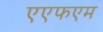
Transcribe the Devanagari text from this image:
एएफएम